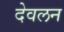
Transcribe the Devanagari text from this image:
देवलन